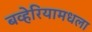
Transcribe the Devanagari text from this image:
बव्हेरियामधला